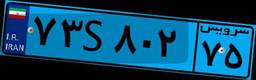
۷۳S۸۰۲۷۵